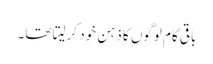
باقی کام لوگوں کا ذہن خود کرلیتا تھا۔